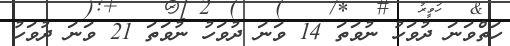
ހަތްވަނަ ދުވަހު ނުވަތަ 14 ވަނަ ދުވަހު ނުވަތަ 21 ވަނަ ދުވަހު